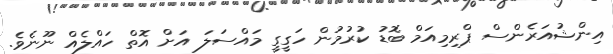
އިންޝުއަރެންސް ޕްރިމިއަމް ބޮޑު ކުރުމުން ހަގީގީ މައްސަލަ އަށް އޮތް ހައްލެއް ނޫނެވެ.